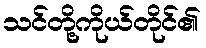
သင်တို့ကိုယ်တိုင်၏